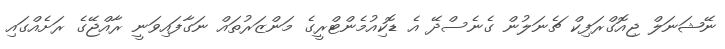
ނޭޝަނަލް ޖިއޮގްރަފިކް ޗެނަލުން ގެނެސްދޭ އެ ޑޮކިއުމެންޓްރީގެ މަންޒަރުތައް ނަގާފައިވަނީ ރާއްޖޭގެ ރަށެއްގައި